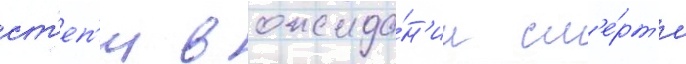
ст'еп'и в ожида́н'ии см'е́рт'и